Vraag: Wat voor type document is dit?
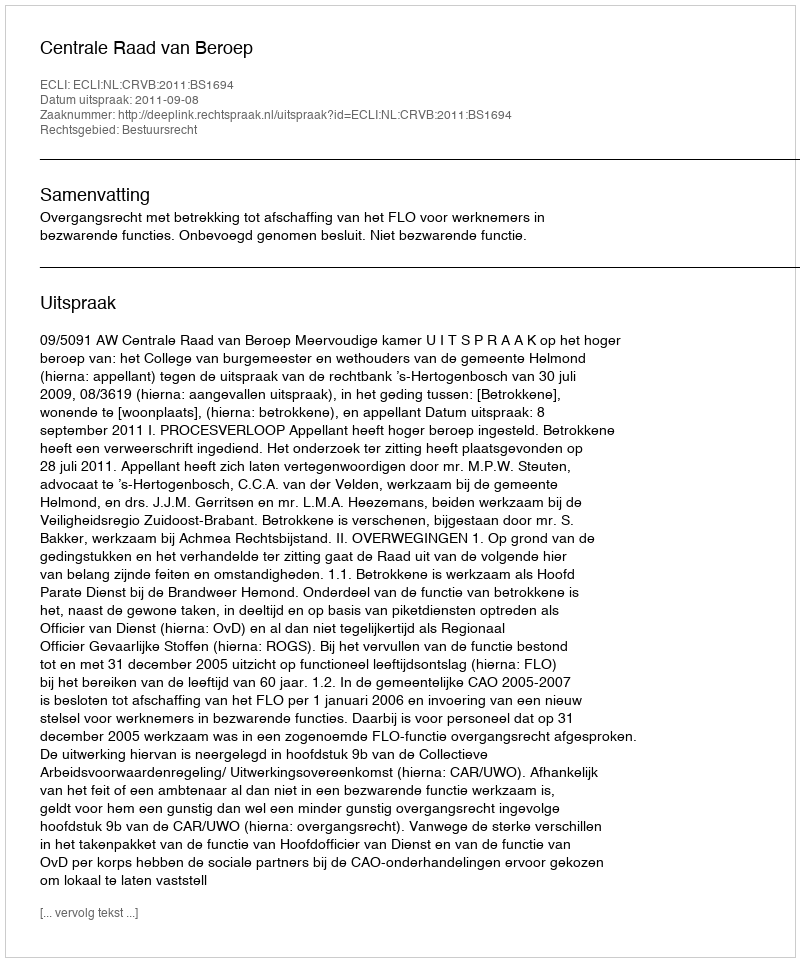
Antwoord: Uitspraak